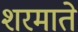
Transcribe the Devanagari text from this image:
शरमाते